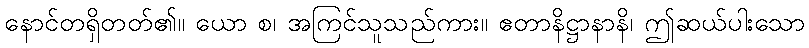
နောင်တရှိတတ်၏။ ယော စ၊ အကြင်သူသည်ကား။ ဧတာနိဋ္ဌာနာနိ၊ ဤဆယ်ပါးသော